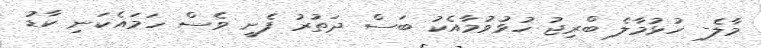
މާލެ- ހުޅުމާލެ ބްރިޖު ހުޅުވުމާއެކު ބަސް ދަތުރު ފެށީ ވެސް ހަމައެކަނި ކާޑު